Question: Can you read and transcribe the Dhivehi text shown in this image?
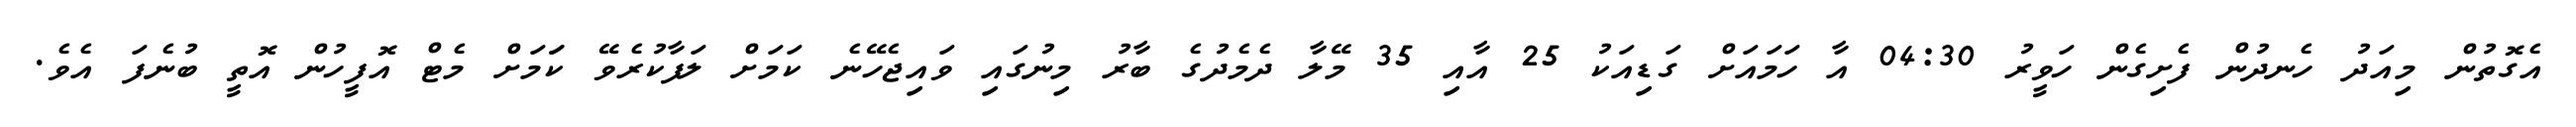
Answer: އެގޮތުން މިއަދު ހެނދުން ފެށިގެން ހަވީރު 04:30 އާ ހަމައަށް ގަޑިއަކު 25 އާއި 35 މޭލާ ދެމެދުގެ ބާރު މިނުގައި ވައިޖެހޭނެ ކަމަށް ލަފާކުރެވޭ ކަަމަށް މެޓް އޮފީހުން އޮތީ ބުނެފަ އެވެ.